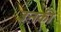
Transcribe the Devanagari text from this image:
उऩकी